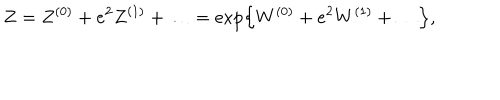
Z = Z ^ { ( 0 ) } + e ^ { 2 } Z ^ { ( 1 ) } + \ldots = \exp \left\{ W ^ { ( 0 ) } + e ^ { 2 } W ^ { ( 1 ) } + \ldots \right\} ,